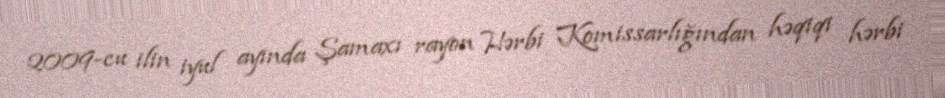
2009-cu ilin iyul ayında Şamaxı rayon Hərbi Komissarlığından həqiqi hərbi